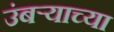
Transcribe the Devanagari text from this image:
उंबऱ्याच्या